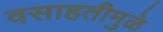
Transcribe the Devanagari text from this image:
वसाहतीमुळे